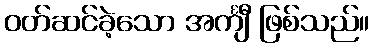
ဝတ်ဆင်ခဲ့သော အင်္ကျီ ဖြစ်သည်။